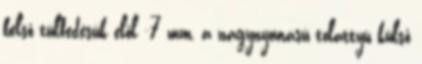
belső túlfedésük elől -7 mm, a nagynyomású tolattyú külső